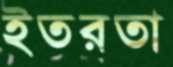
ইতরতা